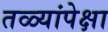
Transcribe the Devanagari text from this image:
तळ्यांपेक्षा